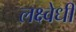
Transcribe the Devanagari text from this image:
लक्ष्वेधी